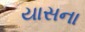
યાસના